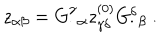
z _ { \alpha \beta } = { G _ { . } ^ { \gamma } } _ { \alpha } z _ { \gamma \delta } ^ { ( 0 ) } { G _ { . } ^ { \delta } } _ { \beta } \ .